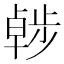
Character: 𣦖